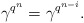
\begin{align*} \gamma^{q^n}=\gamma^{q^{n-i}}. \end{align*}